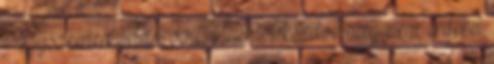
- egyszeruen oriasi volt, innentol kezdve meg nem erdekel